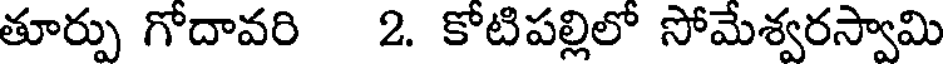
తూర్పు గోదావరి 2. కోటిపల్లిలో సోమేశ్వరస్వామి